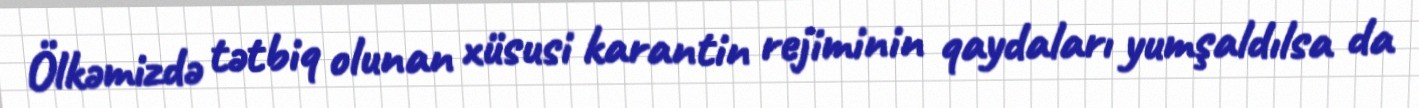
Ölkəmizdə tətbiq olunan xüsusi karantin rejiminin qaydaları yumşaldılsa da